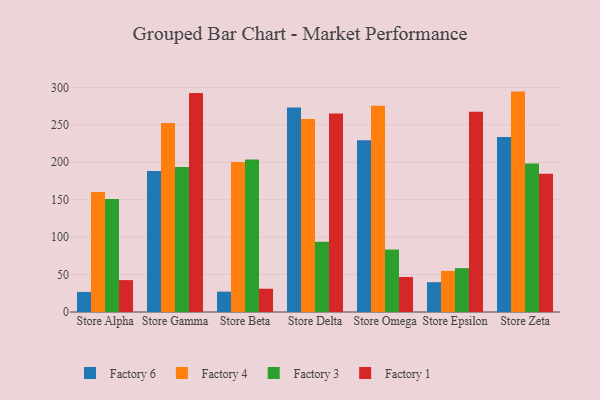
{"axis": {"x": "Store", "y": "Latency (ms)"}, "legend": ["Factory 1", "Factory 3", "Factory 4", "Factory 6"], "data": [{"x": "Store Alpha", "y": 26.8, "type": "Factory 6"}, {"x": "Store Alpha", "y": 160.3, "type": "Factory 4"}, {"x": "Store Alpha", "y": 151.1, "type": "Factory 3"}, {"x": "Store Alpha", "y": 42.6, "type": "Factory 1"}, {"x": "Store Gamma", "y": 188.3, "type": "Factory 6"}, {"x": "Store Gamma", "y": 252.6, "type": "Factory 4"}, {"x": "Store Gamma", "y": 193.6, "type": "Factory 3"}, {"x": "Store Gamma", "y": 292.5, "type": "Factory 1"}, {"x": "Store Beta", "y": 27.2, "type": "Factory 6"}, {"x": "Store Beta", "y": 200.4, "type": "Factory 4"}, {"x": "Store Beta", "y": 203.6, "type": "Factory 3"}, {"x": "Store Beta", "y": 31.1, "type": "Factory 1"}, {"x": "Store Delta", "y": 273.0, "type": "Factory 6"}, {"x": "Store Delta", "y": 257.8, "type": "Factory 4"}, {"x": "Store Delta", "y": 93.7, "type": "Factory 3"}, {"x": "Store Delta", "y": 265.0, "type": "Factory 1"}, {"x": "Store Omega", "y": 229.5, "type": "Factory 6"}, {"x": "Store Omega", "y": 275.5, "type": "Factory 4"}, {"x": "Store Omega", "y": 83.4, "type": "Factory 3"}, {"x": "Store Omega", "y": 46.8, "type": "Factory 1"}, {"x": "Store Epsilon", "y": 39.8, "type": "Factory 6"}, {"x": "Store Epsilon", "y": 54.9, "type": "Factory 4"}, {"x": "Store Epsilon", "y": 58.6, "type": "Factory 3"}, {"x": "Store Epsilon", "y": 267.6, "type": "Factory 1"}, {"x": "Store Zeta", "y": 233.8, "type": "Factory 6"}, {"x": "Store Zeta", "y": 294.4, "type": "Factory 4"}, {"x": "Store Zeta", "y": 198.5, "type": "Factory 3"}, {"x": "Store Zeta", "y": 184.7, "type": "Factory 1"}]}